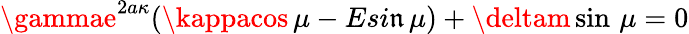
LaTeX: \gammae^{2a\kappa}(\kappacos\, \mu-Esi\mathfrak{n}\, \mu)+\deltam\sin\, \mu=0